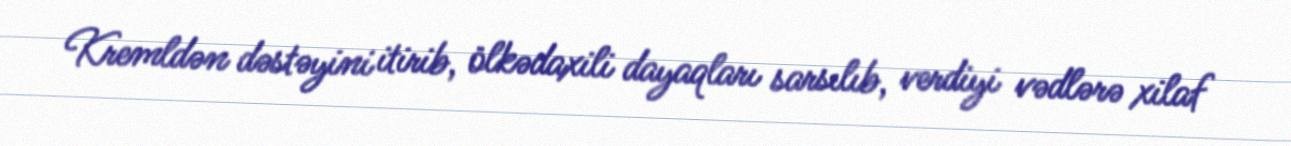
Kremldən dəstəyini itirib, ölkədaxili dayaqları sarsılıb, verdiyi vədlərə xilaf